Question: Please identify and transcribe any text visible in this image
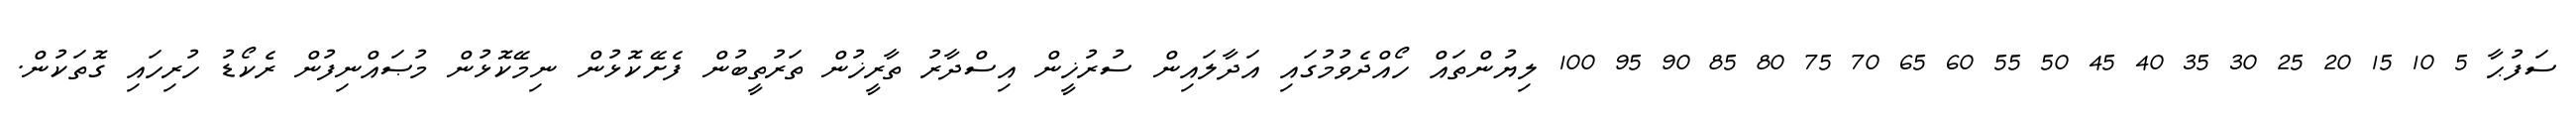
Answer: ސަފުޙާ 5 10 15 20 25 30 35 40 45 50 55 60 65 70 75 80 85 90 95 100 ލިޔުންތައް ހޯއްދެވުމުގައި އަދާލައިން ސުރުޚީން އިސްދާރު ތާރީޚުން ތަރުތީބުން ފެށޭކޮޅުން ނިމޭކޮޅުން މުޞައްނިފުން ރެކޯޑު ހުރިހައި ގޮތަކުން.